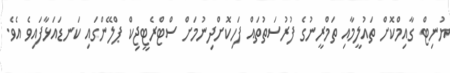
ޔުނިޓް ގާއިމްކޮށް ތައުލީމާއި ތަމްރީނުގެ ފުރުސަތުތައް ފަހިކޮށްދިނުމަށް ސްޓްރެޓީޖިކް ޕްލޭންގައި ކަނޑައަޅާފައިވެ އެވެ.